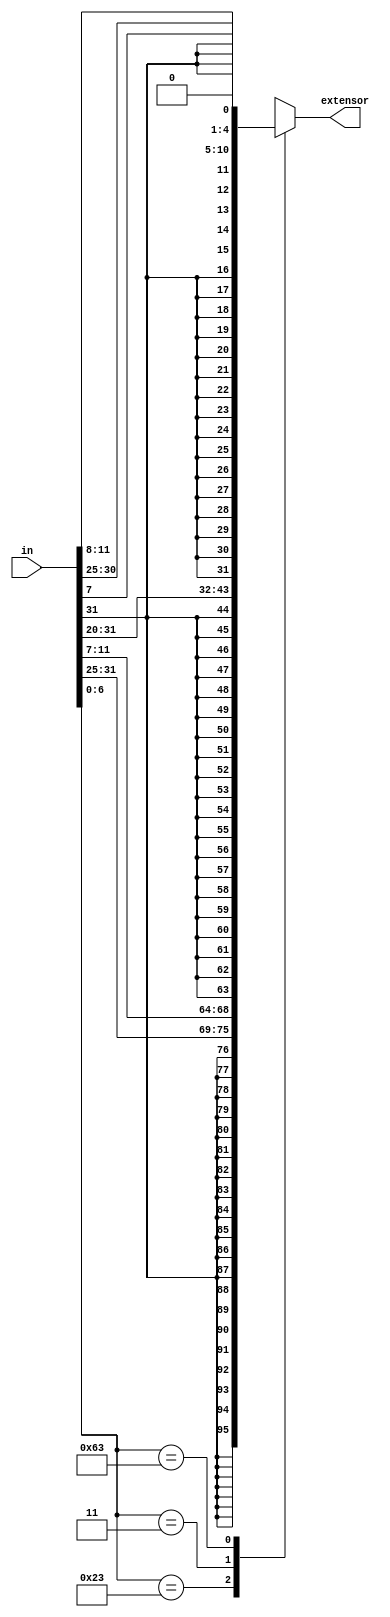
module signal_extend(
   in,
   extensor
);
    input [31:0] in;
    output[31:0] extensor;
    reg[31:0] IMM_OUT;
    wire[6:0] opcode;
    wire[2:0] funct3;

    assign extensor = IMM_OUT;
    assign opcode = in[6:0];
    assign funct3 = in[14:12];
    always @(in) 
    case(opcode)
        7'b0100011: IMM_OUT <= { {21{in[31]}}, in[30:25], in[11:8], in[7]};     // SD       -> S-Type
        7'b0000011: IMM_OUT <= { {21{in[31]}}, in[30:25], in[24:21], in[20]};   // LD       -> I-Type
        7'b1100011: IMM_OUT <= { {20{in[31]}}, in[7], in[30:25], in[11:8], {1{1'b0}}};  // BRANCH -> B-Type
        default: IMM_OUT <= 32'bx;
    endcase
endmodule


module sign_extender(
		input wire [15:0] nextend,
		output reg [31:0] extended
		);

        always@ * 
        begin
            // Replicate signed bit 16 times then concatinate
            // EX) {n {m}} , replicates m "n" times
            // EX) {4'b1001,4'b10x1} , becomes 100110x1   
            extended <= {{16{nextend[15]}}, nextend};		
        end
endmodule